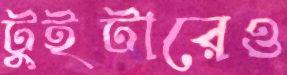
টুইটারেও